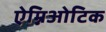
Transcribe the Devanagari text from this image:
ऐम्निओटिक